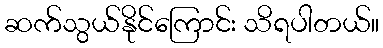
ဆက်သွယ်နိုင်ကြောင်း သိရပါတယ်။